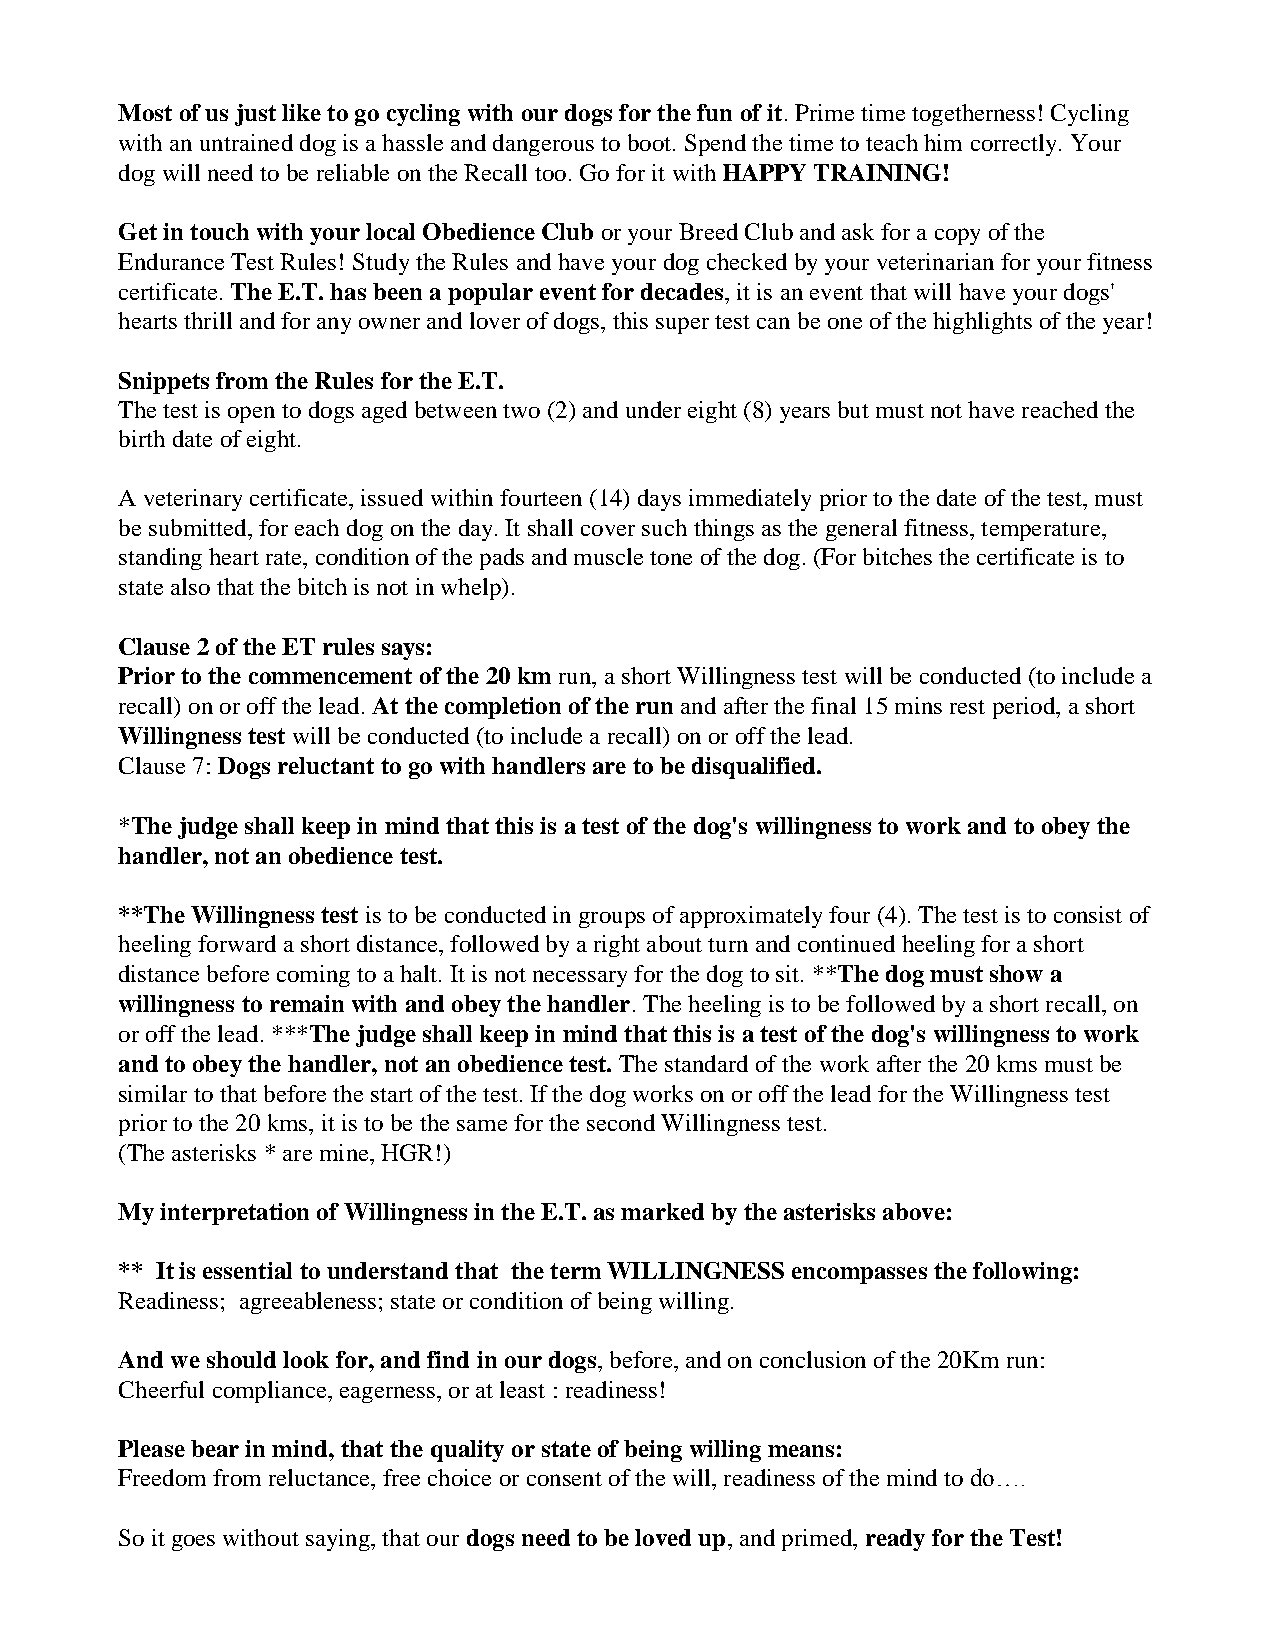
Most of us just like to go cycling with our dogs for the fun of it. Prime time togetherness! Cycling
 with an untrained dog is a hassle and dangerous to boot. Spend the time to teach him correctly. Your
 dog will need to be reliable on the Recall too. Go for it with HAPPY TRAINING!
 Get in touch with your local Obedience Club or your Breed Club and ask for a copy of the
 Endurance Test Rules! Study the Rules and have your dog checked by your veterinarian for your fitness
 certificate. The E.T. has been a popular event for decades, it is an event that will have your dogs'
 hearts thrill and for any owner and lover of dogs, this super test can be one of the highlights of the year!
 Snippets from the Rules for the E.T.
 The test is open to dogs aged between two (2) and under eight (8) years but must not have reached the
 birth date of eight.
 A veterinary certificate, issued within fourteen (14) days immediately prior to the date of the test, must
 be submitted, for each dog on the day. It shall cover such things as the general fitness, temperature,
 standing heart rate, condition of the pads and muscle tone of the dog. (For bitches the certificate is to
 state also that the bitch is not in whelp).
 Clause 2 of the ET rules says:
 Prior to the commencement of the 20 km run, a short Willingness test will be conducted (to include a
 recall) on or off the lead. At the completion of the run and after the final 15 mins rest period, a short
 Willingness test will be conducted (to include a recall) on or off the lead.
 Clause 7: Dogs reluctant to go with handlers are to be disqualified.
 *The judge shall keep in mind that this is a test of the dog's willingness to work and to obey the
 handler, not an obedience test.
 **The Willingness test is to be conducted in groups of approximately four (4). The test is to consist of
 heeling forward a short distance, followed by a right about turn and continued heeling for a short
 distance before coming to a halt. It is not necessary for the dog to sit. **The dog must show a
 willingness to remain with and obey the handler. The heeling is to be followed by a short recall, on
 or off the lead. ***The judge shall keep in mind that this is a test of the dog's willingness to work
 and to obey the handler, not an obedience test. The standard of the work after the 20 kms must be
 similar to that before the start of the test. If the dog works on or off the lead for the Willingness test
 prior to the 20 kms, it is to be the same for the second Willingness test.
 (The asterisks * are mine, HGR!)
 My interpretation of Willingness in the E.T. as marked by the asterisks above:
 ** It is essential to understand that the term WILLINGNESS encompasses the following:
 Readiness; agreeableness; state or condition of being willing.
 And we should look for, and find in our dogs, before, and on conclusion of the 20Km run:
 Cheerful compliance, eagerness, or at least : readiness!
 Please bear in mind, that the quality or state of being willing means:
 Freedom from reluctance, free choice or consent of the will, readiness of the mind to do….
 So it goes without saying, that our dogs need to be loved up, and primed, ready for the Test!